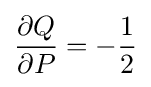
{\dfrac {\partial Q}{\partial P}}=-{\dfrac {1}{2}}